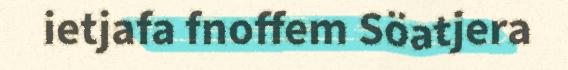
ietjafa fnoffem Söatjera